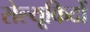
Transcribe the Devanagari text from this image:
सेल्यूकिदों